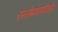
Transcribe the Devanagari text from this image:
रस्तेबांधणीतहेए